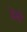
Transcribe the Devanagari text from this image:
डेन्टे